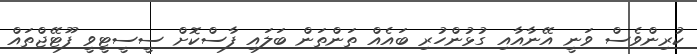
ކުރިންވެސް ވަނީ އޭނާއާއި ގުޅުންހުރި ބައެއް ތަންތަން ބަލައި ފާސްކޮށް ސީސީޓީވީ ފޫޓޭޖްތައް